Leaving Certificate Examination, 1912
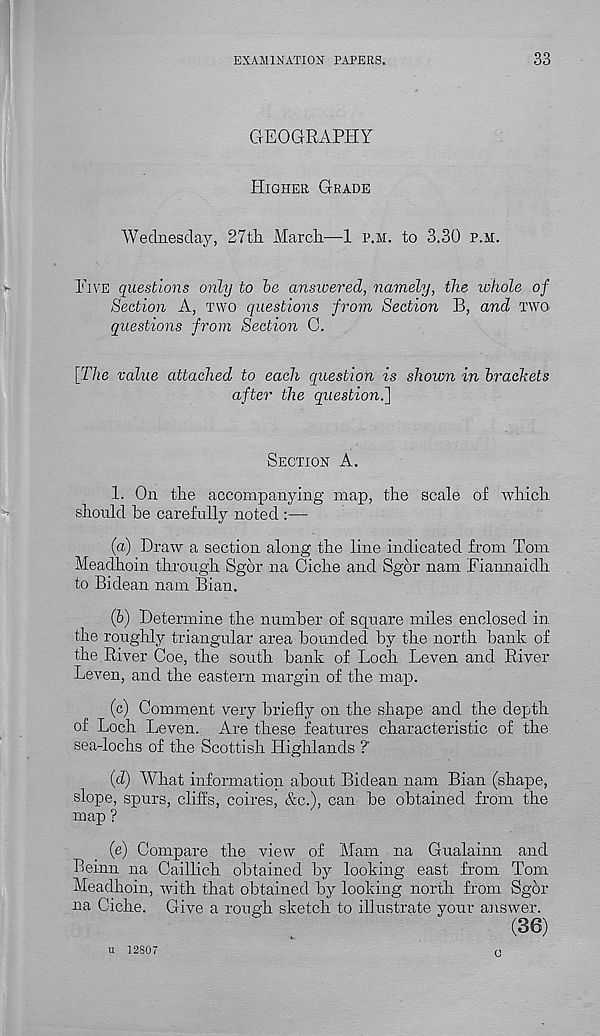
EXAMINATION PAPERS.
33
GEOGRAPHY
Higher Grade
Wednesday, 27th. March—1 p.m. to 3.30 p.m.
Pi ye questions only to be answered, namely, the whole of
Section A, two questions from Section B, and two
questions from Section C.
[The value attached to each question is shown in brackets
after the question.]
Section A.
1. On the accompanying map, the scale of which
should he carefully noted :—
(a) Draw a section along the line indicated from Tom
Meadhoin through Sgor na Ciche and Sgdr nam Fiannaidh
to Bidean nam Bian.
(&) Determine the number of square miles enclosed in
the roughly triangular area bounded by the north bank of
the River Coe, the south bank of Loch Leven and River
Leven, and the eastern margin of the map.
(c) Comment very briefly on the shape and the depth
of Loch Leven. Are these features characteristic of the
sea-lochs of the Scottish Highlands ?
(d) What information about Bidean nam Bian (shape,
slope, spurs, cliffs, coires, &c.), can be obtained from the
map ?
(e) Compare the view of Mam na Gualainn and
Beinn na Caillich obtained by looking east from Tom
Meadhoin, with that obtained by looking north from Sgor
na Ciche. Give a rough sketch to illustrate your answer.
(36)
u 12S07
a